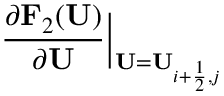
\frac { \partial \mathbf { F } _ { 2 } ( \mathbf { U } ) } { \partial \mathbf { U } } \Big | _ { \mathbf { U } = \mathbf { U } _ { i + \frac { 1 } { 2 } , j } }